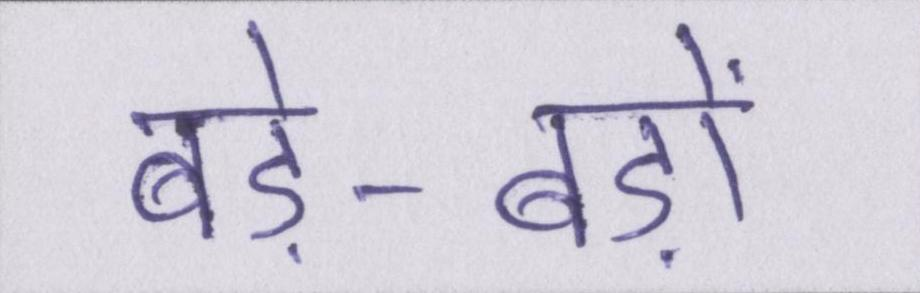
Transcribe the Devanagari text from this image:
बड़े-बड़ों